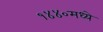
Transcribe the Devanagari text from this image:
१४४०मध्ये